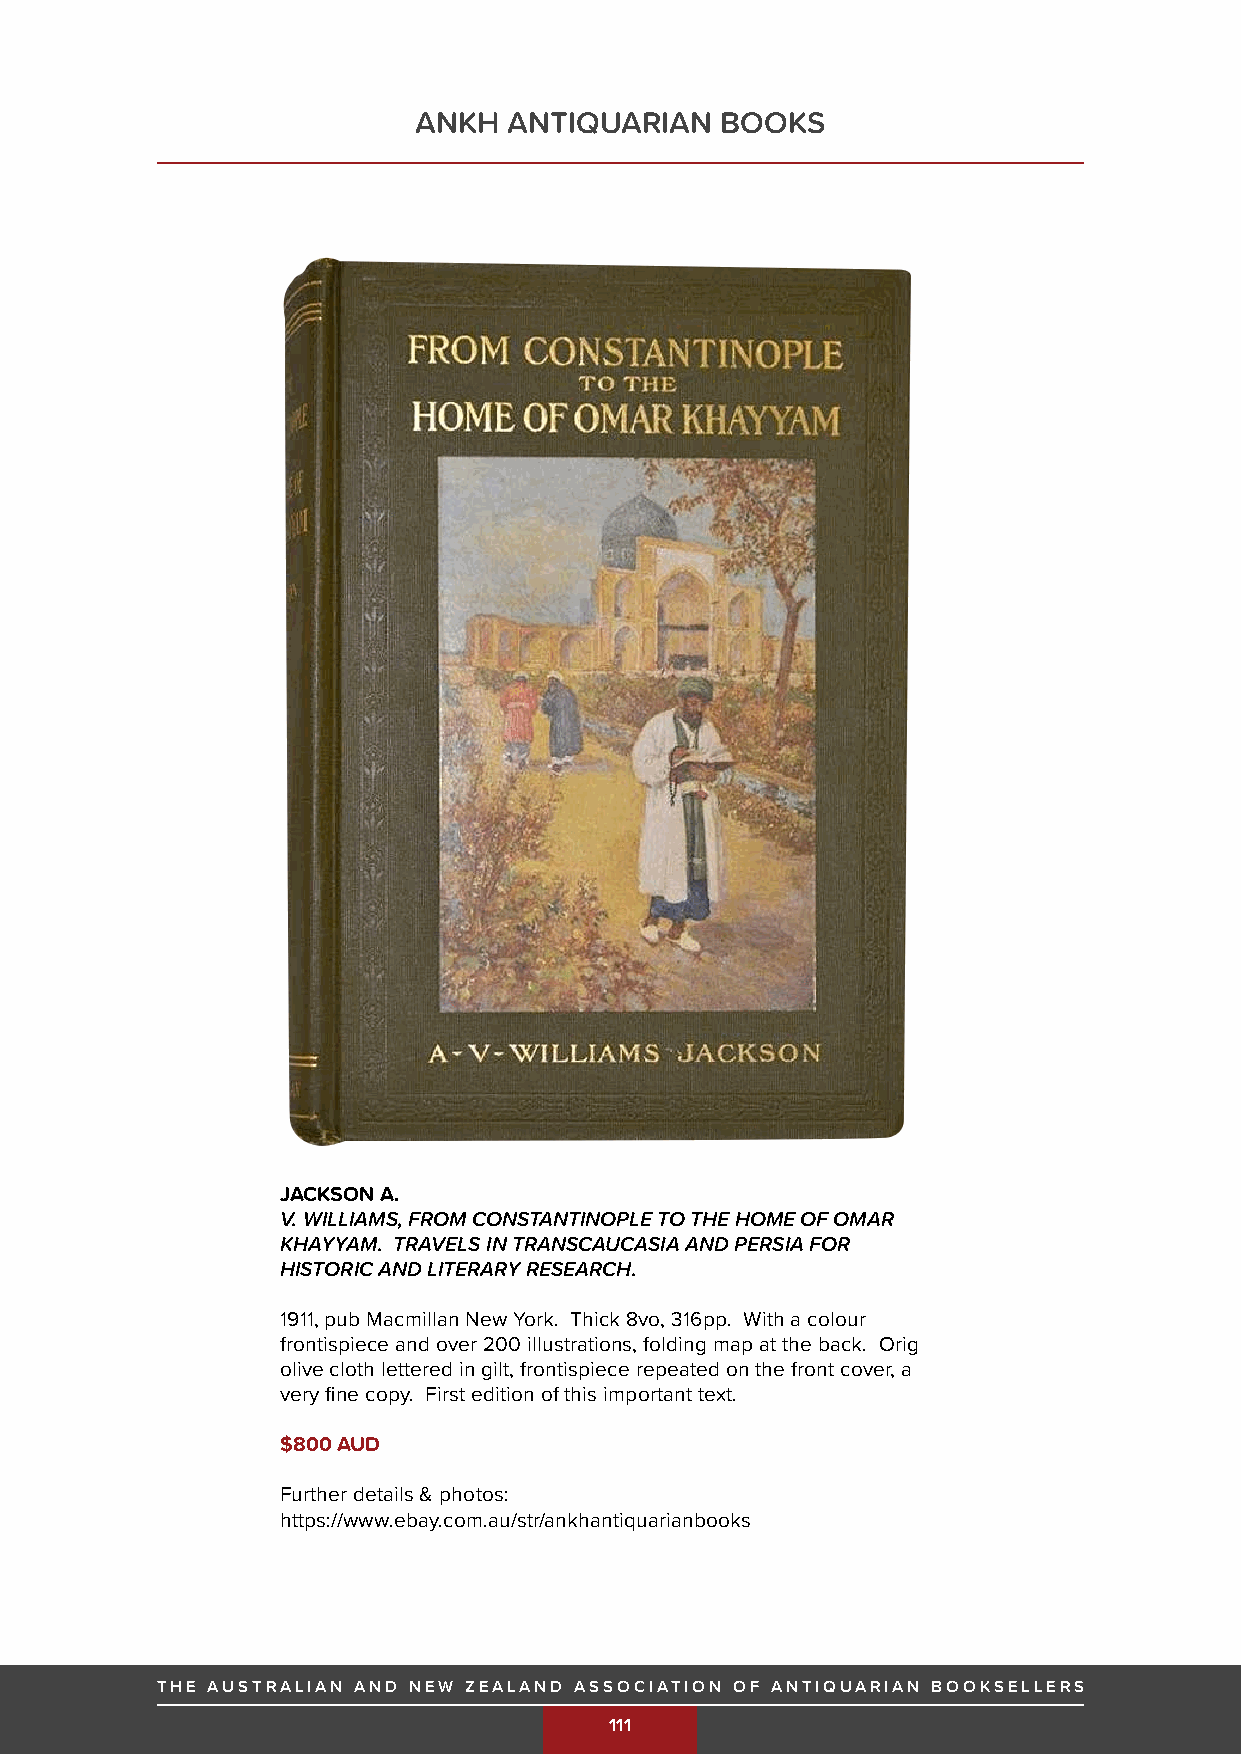
ANKH   ANTIQUARIAN   BOOKS
 JACKSON A.
 V. WILLIAMS, FROM CONSTANTINOPLE TO THE HOME OF OMAR
 KHAYYAM. TRAVELS IN TRANSCAUCASIA AND PERSIA FOR
 HISTORIC AND LITERARY RESEARCH.
 1911, pub Macmillan New York. Thick 8vo, 316pp. With a colour
 frontispiece and over 200 illustrations, folding map at the back. Orig
 olive cloth lettered in gilt, frontispiece repeated on the front cover, a
 very fine copy. First edition of this important text.
 $800 AUD
 Further details & photos:
 https://www.ebay.com.au/str/ankhantiquarianbooks
 THE AUSTRALIAN AND NEW ZEALAND ASSOCIATION OF ANTIQUARIAN BOOKSELLERS
 THE AUSTRALIAN AND NEW ZEALAND ASSOCIATION OF ANTIQUARIAN BOOKSELLERS 111
 111